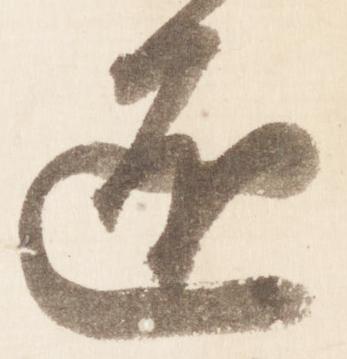
匠